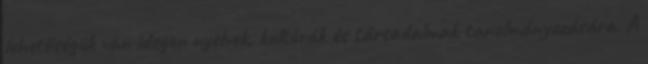
lehetőségük van idegen nyelvek, kultúrák és társadalmak tanulmányozására. A